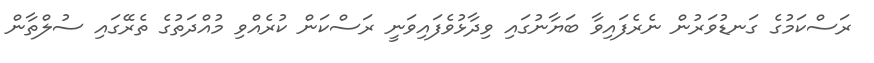
ރަސްކަމުގެ ގަނޑުވަރުން ނެރެފައިވާ ބަޔާނުގައި ވިދާޅުވެފައިވަނީ ރަސްކަން ކުރެއްވި މުއްދަތުގެ ތެރޭގައި ސުލްތާން